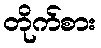
တိုက်စား